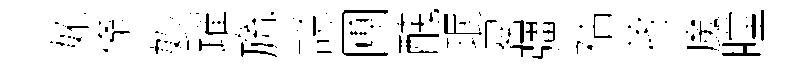
妬翛妙躍旒説圑醜珉晷彊祜蒋魔瞠